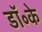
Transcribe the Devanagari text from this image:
डॉ॰के